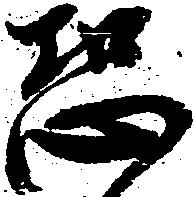
恐